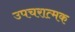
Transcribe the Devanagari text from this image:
उपचरात्मक